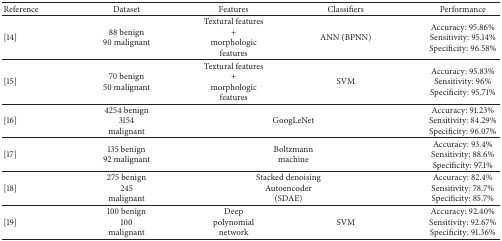
<table><thead><tr><td><b>Reference</b></td><td><b>Dataset</b></td><td><b>Features</b></td><td><b>Classifiers</b></td><td><b>Performance</b></td></tr></thead><tbody><tr><td>[14]</td><td>88 benign90 malignant</td><td>Textural features+morphologic features</td><td>ANN (BPNN)</td><td>Accuracy: 95.86%Sensitivity: 95.14% Specificity: 96.58%</td></tr><tr><td>[15]</td><td>70 benign50 malignant</td><td>Textural features+morphologic features</td><td>SVM</td><td>Accuracy: 95.83%Sensitivity: 96%Specificity: 95.71%</td></tr><tr><td>[16]</td><td>4254 benign3154 malignant</td><td colspan="2"> GoogLeNet</td><td>Accuracy: 91.23%Sensitivity: 84.29%Specificity: 96.07%</td></tr><tr><td>[17]</td><td>135 benign92 malignant</td><td colspan="2"> Boltzmannmachine</td><td>Accuracy: 93.4%Sensitivity: 88.6%Specificity: 97.1%</td></tr><tr><td>[18]</td><td>275 benign245 malignant</td><td colspan="2"> Stacked denoisingAutoencoder(SDAE)</td><td>Accuracy: 82.4%Sensitivity: 78.7%Specificity: 85.7%</td></tr><tr><td>[19]</td><td>100 benign100 malignant</td><td>Deep polynomial network</td><td>SVM</td><td>Accuracy: 92.40%Sensitivity: 92.67%Specificity: 91.36%</td></tr></tbody></table>